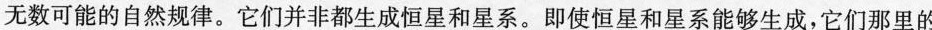
无数可能的自然规律。它们并非都生成恒星和星系。即使恒星和星系能够生成，它们那里的